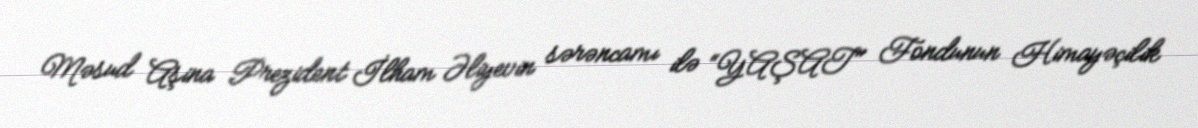
Məsud Aşina Prezident İlham Əliyevin sərəncamı ilə “YAŞAT" Fondunun Himayəçilik